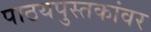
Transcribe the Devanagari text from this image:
पाठयपुस्तकांवर